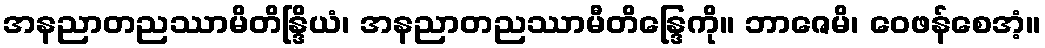
အနညာတညဿာမိတိန္ဒြိယံ၊ အနညာတညဿာမီတိန္ဒြေကို။ ဘာဇေမိ၊ ဝေဖန်စေအံ့။